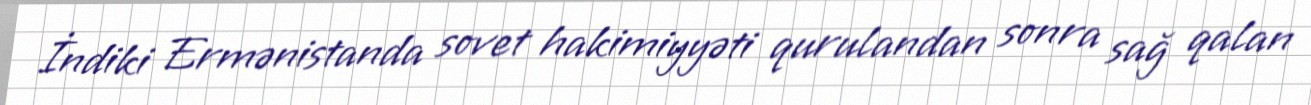
İndiki Ermənistanda sovet hakimiyyəti qurulandan sonra sağ qalan